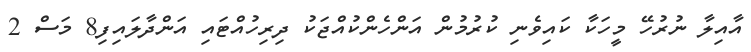
އާއިލާ ނުރުހޭ މީހަކާ ކައިވެނި ކުރުމުން އަންހެންކުއްޖަކު ދިރިހުއްޓައި އަންދާލައިފި8 މަސް 2